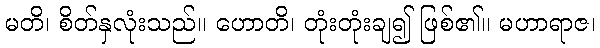
မတိ၊ စိတ်နှလုံးသည်။ ဟောတိ၊ တုံးတုံးချ၍ ဖြစ်၏။ မဟာရာဇ၊